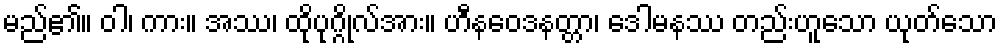
မည်၏။ ဝါ၊ ကား။ အဿ၊ ထိုပုဂ္ဂိုလ်အား။ ဟီနဝေဒနတ္တာ၊ ဒေါမနဿ တည်းဟူသော ယုတ်သော